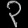
Digit: ၃